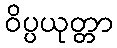
ဝိပ္ပယုတ္တာ